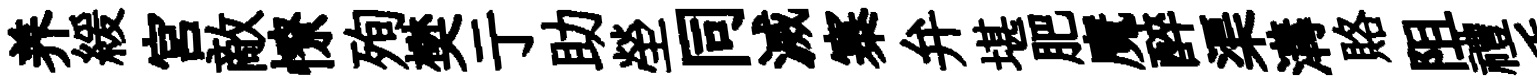
养緩宮敵憭殉樊亍助塋同滅寨弁堪肥魔醉渠溝賂阻禮毛